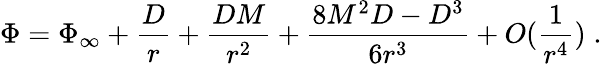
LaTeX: \Phi=\Phi_{\infty}+\frac{D}{r}+\frac{DM}{r^{2}}+\frac{8M^{2}D-D^{3}}{6r^{3}}+O(\frac{1}{r^{4}})\; .